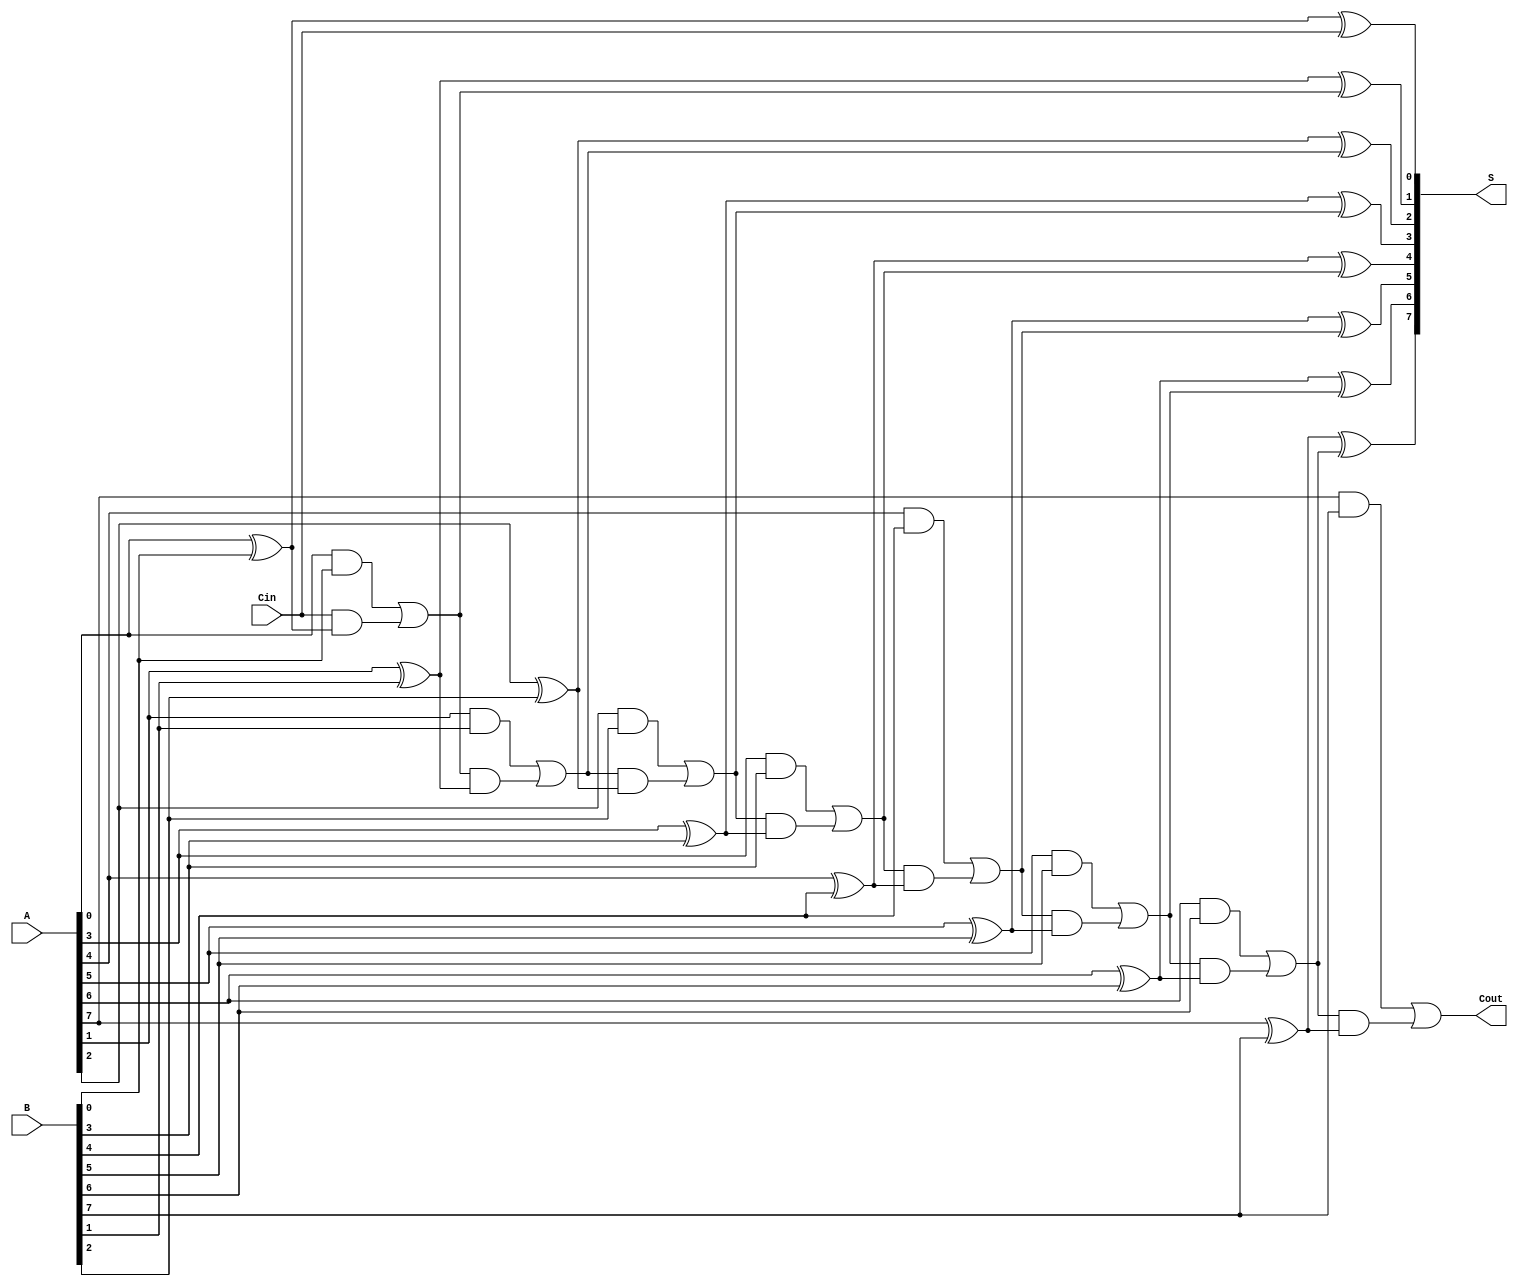
module PrecomputationCarryAdder #(parameter N = 8) (
    input  wire [N-1:0] A,     // First n-bit input
    input  wire [N-1:0] B,     // Second n-bit input
    input  wire Cin,            // Carry-in
    output wire [N-1:0] S,      // n-bit sum output
    output wire Cout            // Carry-out
);

    // Carry look-up table (CLT)
    wire [N:0] carry;  // carry[N] is Cout, carry[0] is Cin

    // Generate carry for each bit using precomputation
    assign carry[0] = Cin;  // Initial carry-in

    genvar i;
    generate
        for (i = 0; i < N; i = i + 1) begin : carry_generation
            // Carry generation logic
            assign carry[i + 1] = (A[i] & B[i]) | (carry[i] & (A[i] ^ B[i]));
        end
    endgenerate

    // Sum calculation
    generate
        for (i = 0; i < N; i = i + 1) begin : sum_generation
            assign S[i] = A[i] ^ B[i] ^ carry[i];
        end
    endgenerate

    // Final carry-out
    assign Cout = carry[N];

endmodule